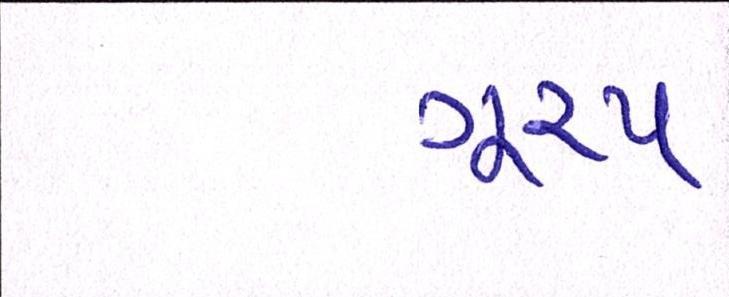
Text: ગૂ્રપ